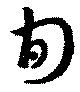
旬